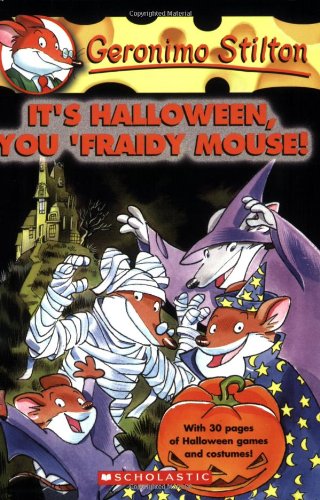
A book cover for It's Halloween, You 'Fraidy Mouse! (Geronimo Stilton, No. 11); Geronimo Stilton; Children's Books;